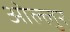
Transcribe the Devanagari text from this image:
ओल्लुर